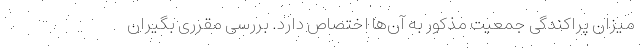
میزان پراکندگی جمعیت مذکور به آن‌ها اختصاص دارد. بررسی مقرری بگیران